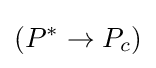
(P^{*}\rightarrow P_{c})